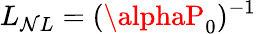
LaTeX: L_{\mathcal{N}L}=(\alphaP_{0})^{-1}